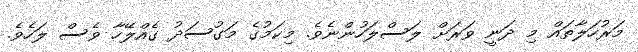
މަރުހަލާތައް މި ދަނީ ވަރަށް ލަސްލަހުންނެވެ. މިކަމުގެ މަގުސަދު ގެއްލޭހާ ވެސް ލަހެވެ.